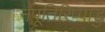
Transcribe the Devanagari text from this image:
नंपूतिरिप्पाडु